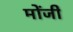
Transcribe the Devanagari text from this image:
मोंजी